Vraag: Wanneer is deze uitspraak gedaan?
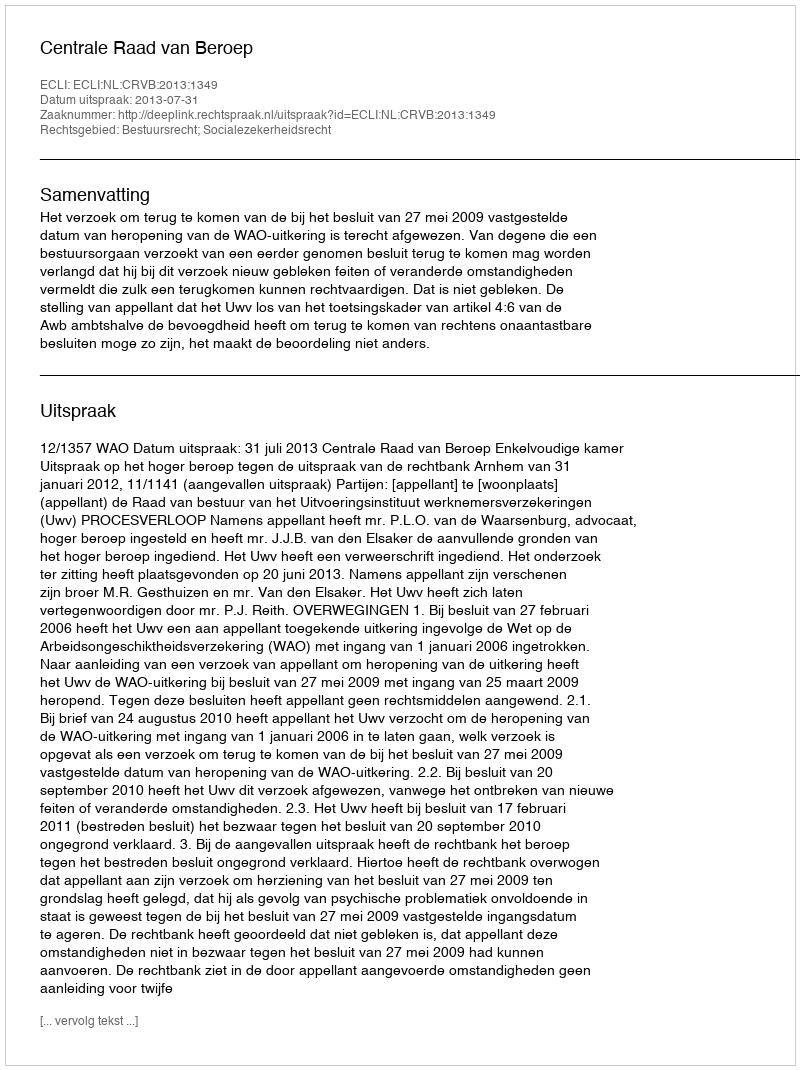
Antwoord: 2013-07-31